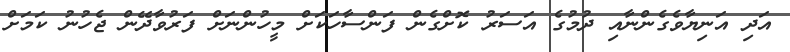
އަދި އަނިޔާވެގެންނާއި ދުމުގެ އަސަރު ކޮށްގެން ފަންސާހަކަށް މީހުންނަށް ފަރުވާދޭން ޖެހުނު ކަމަށް